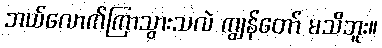
ဘယ်လောက်ကြာသွားသလဲ ကျွန်တော် မသိဘူး။